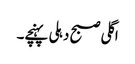
اگلی صبح دہلی پہنچے۔